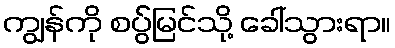
ကျွန်ကို စပ်ွ်မြင်သို့ ခေါ်သွားရာ။